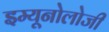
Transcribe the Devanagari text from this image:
इम्यूनोलोजी